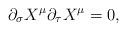
LaTeX: \begin{align*}\partial_\sigma X^\mu\partial_\tau X^\mu = 0,\end{align*}